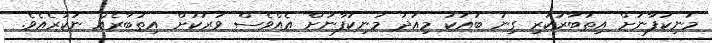
މަނިކުފާނަށް އިތުބާރުކުރި ގިނަ ބައަކު މިއަދު މަނިކުފާނަށް އެއްވެސް ވަރަކަށް އިތުބާރެއް ނުކުރެއެވެ.